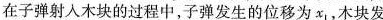
在子弹射入木块的过程中，子弹发生的位移为x_{1}，木块发